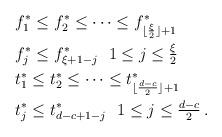
LaTeX: \begin{align*} &f^*_1 \le f^*_{ 2 } \le \dots \le f^*_{ \lfloor \frac{ \xi }{ 2 } \rfloor + 1 } \\ &f^*_{ j } \le f^*_{ \xi+1-j } \ \ 1 \le j \le \tfrac \xi 2 \\ &t^*_1 \le t^*_{ 2 } \le \dots \le t^*_{ \lfloor \frac{ d-c }{ 2 } \rfloor + 1 } \\ &t^*_{ j } \le t^*_{ d-c+1-j } \ \ 1 \le j \le \tfrac {d-c} 2 \, .\end{align*}